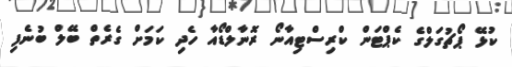
ކުޅޭ ޕޯޗުގަލްގެ ކެޕްޓަން ކްރިސްޓިއާނޯ ރޮނާލްޑޯއާ ހެދި ކަމަށް ގެރެތް ބޭލް ބުނެފި